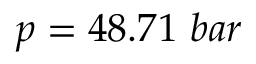
p = 4 8 . 7 1 \ b a r